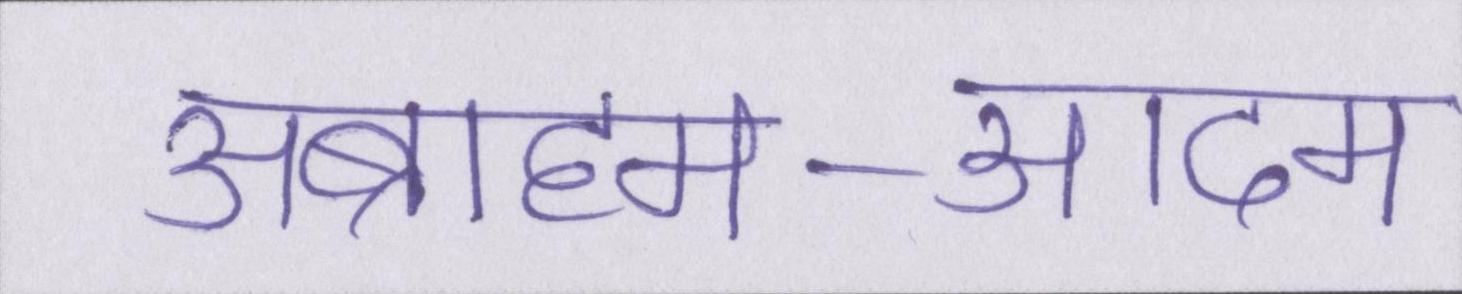
अब्राहम-आदम